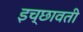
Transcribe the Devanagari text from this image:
इच्छावती